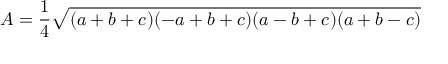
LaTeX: A = { \frac { 1 } { 4 } } { \sqrt { ( a + b + c ) ( - a + b + c ) ( a - b + c ) ( a + b - c ) } }